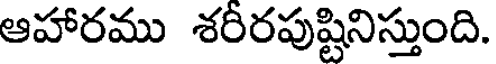
ఆహారము శరీరపుష్టినిస్తుంది.